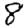
Digit: 8